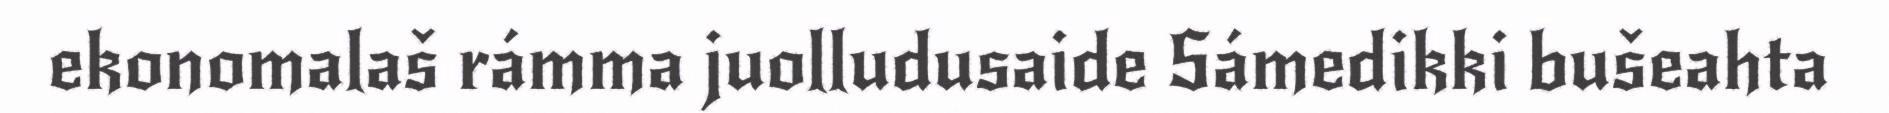
ekonomalaš rámma juolludusaide Sámedikki bušeahta